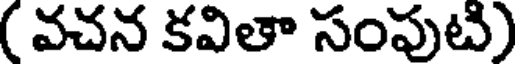
( వచన కవితా సంపుటి)